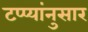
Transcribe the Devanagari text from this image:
टप्प्यांनुसार